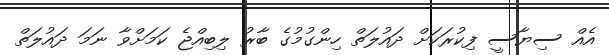
އެއް ސިޔާސީ ފިކުރަކަށް ދައުލަތް ހިންގުމުގެ ބާރު ލިބިއްޖެ ކަމަށްވާ ނަމަ ދައުލަތް